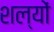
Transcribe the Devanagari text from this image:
शल्यों